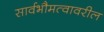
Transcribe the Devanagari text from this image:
सार्वभौमत्वावरील